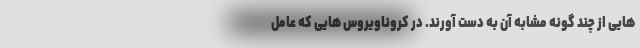
هایی از چند گونه مشابه آن به دست آورند. در کروناویروس هایی که عامل